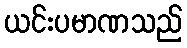
ယင်းပမာဏသည်